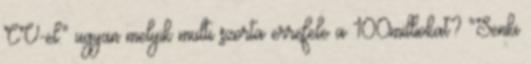
CV-el." ugyan melyik multi szorta errefele a 100milliokat? "Senki